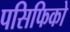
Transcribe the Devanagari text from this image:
पसिफिको